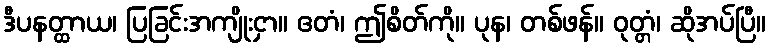
ဒီပနတ္ထာယ၊ ပြခြင်းအကျိုးငှာ။ ဧတံ၊ ဤစိတ်ကို။ ပုန၊ တစ်ဖန်။ ဝုတ္တံ၊ ဆိုအပ်ပြီ။